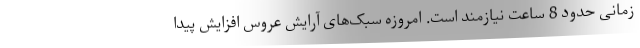
زمانی حدود 8 ساعت نیازمند است. امروزه سبک‌های آرایش عروس افزایش پیدا